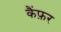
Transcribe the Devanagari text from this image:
कैंफ़र